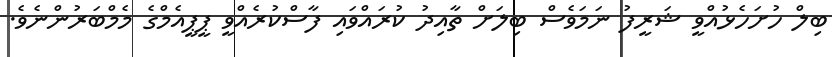
ބިލް ހުށަހެޅުއްވީ ޝަރީފު ނަމަވެސް ބިލަށް ތާއިދު ކުރައްވައި ފާސްކުރެއްވީ ޕީޕީއެމްގެ މެމްބަރުންނެވެ.